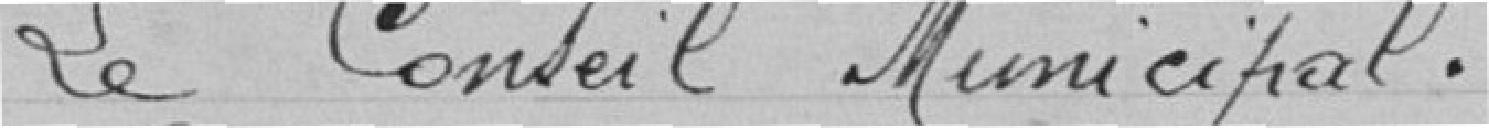
Le Conseil Municipal.